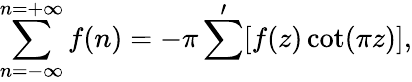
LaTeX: \sum_{n=-\infty}^{n=+\infty}f(n)=-\pi\sum^{\prime}[f(z)\cot(\pi z)],